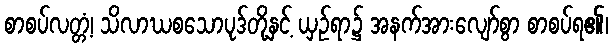
စာစပ်လတ္တံ့၊ သိလာဃစသောပုဒ်တို့နှင့် ယှဉ်ရာ၌ အနက်အားလျော်စွာ စာစပ်ရ၏၊